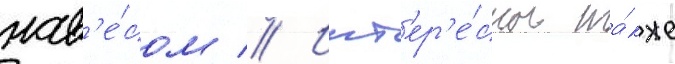
нав'е́сом // Инт'ер'е́сны та́кже